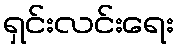
ရှင်းလင်းရေး